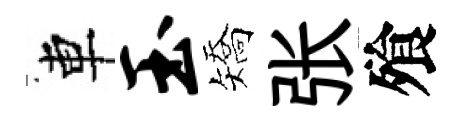
車玉矯张飱